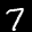
Label: 7